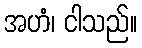
အဟံ၊ ငါသည်။